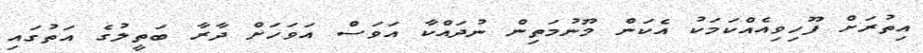
އިތުރަށް ފޫހިވިއެއްކަމަކު އެކަން މޫނުމަތިން ނުދައްކާ އަވަސް އަވަހަށް ދާރާ ބަތީލުގެ އަތުގައި